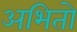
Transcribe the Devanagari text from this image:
अभितो